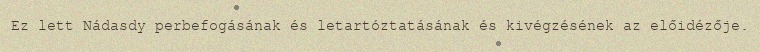
Ez lett Nádasdy perbefogásának és letartóztatásának és kivégzésének az előidézője.